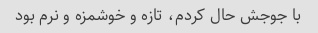
با جوجش حال کردم، تازه و خوشمزه و نرم بود